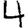
Digit: 4